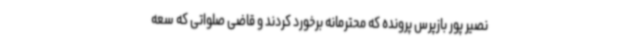
نصیر پور بازپرس پرونده که محترمانه برخورد کردند و قاضی صلواتی که سعه